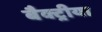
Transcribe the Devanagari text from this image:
बैक्ट्रीया